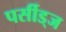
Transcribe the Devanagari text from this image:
पर्सीड्‌ज